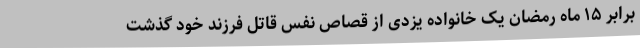
برابر ۱۵ ماه رمضان یک خانواده یزدی از قصاص نفس قاتل فرزند خود گذشت